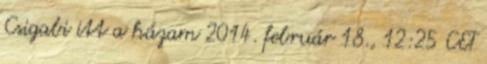
Csigabi itt a házam 2014. február 18., 12:25 CET